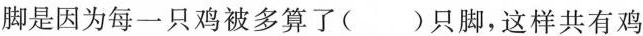
脚是因为每一只鸡被多算了()只脚，这样共有鸡